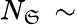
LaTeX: N_{\mathfrak{S}}\, \sim